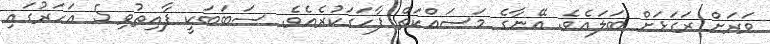
ވަރަށް ރަގަޅަށް ބަލައެވެ. އޭނާގެ މަސައްކަތް ފާހަގަކުރެއެވެ. ސަބަބަކީ ފާއިތުވި 5 އަހަރުގައި